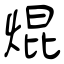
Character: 焜